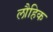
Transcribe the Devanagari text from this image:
लौहिक